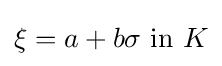
\xi =a+b\sigma {\text{ in }}K